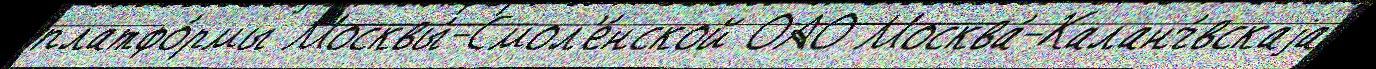
платфо́рмы Москвы́-Смол'е́нской ОАО Москва́-Каланч́вскаjа